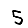
Digit: 5